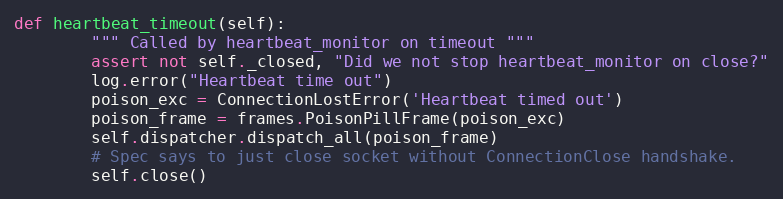
Language: Python
def heartbeat_timeout(self):
        """ Called by heartbeat_monitor on timeout """
        assert not self._closed, "Did we not stop heartbeat_monitor on close?"
        log.error("Heartbeat time out")
        poison_exc = ConnectionLostError('Heartbeat timed out')
        poison_frame = frames.PoisonPillFrame(poison_exc)
        self.dispatcher.dispatch_all(poison_frame)
        # Spec says to just close socket without ConnectionClose handshake.
        self.close()